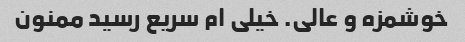
خوشمزه و عالی. خیلی ام سریع رسید ممنون